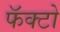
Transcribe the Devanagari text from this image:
फॅक्टो